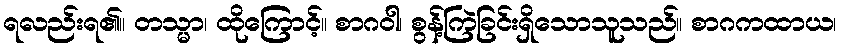
ရလည်းရ၏။ တသ္မာ၊ ထိုကြောင့်။ စာဂဝါ၊ စွန့်ကြဲခြင်းရှိသောသူသည်။ စာဂကထာယ၊